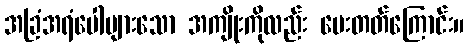
အခြံအရံပေါများသော အကျိုးကိုလည်း ပေးတတ်ကြောင်း။